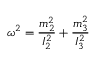
{ \boldsymbol \omega } ^ { 2 } = \frac { m _ { 2 } ^ { 2 } } { I _ { 2 } ^ { 2 } } + \frac { m _ { 3 } ^ { 2 } } { I _ { 3 } ^ { 2 } }